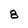
Character: 8